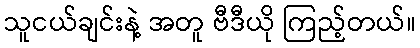
သူငယ်ချင်းနဲ့ အတူ ဗီဒီယို ကြည့်တယ်။